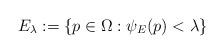
LaTeX: \begin{align*}E_\lambda:=\{p\in \Omega: \psi_E(p)<\lambda\}\end{align*}